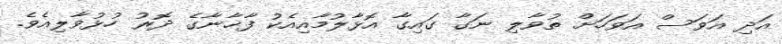
އަދި އަވަސް އަވަހަށް ތުވާލި ނަގާ ގައިގާ އޮޅާލުމާއިއެކު ފާޚާނާގެ ދޮރު ހުޅުވާލިއެވެ.